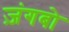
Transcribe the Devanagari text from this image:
ज़ंगबो